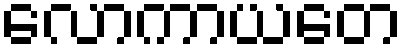
လောကာယတေ